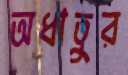
অধাতুর